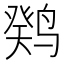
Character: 𫛼